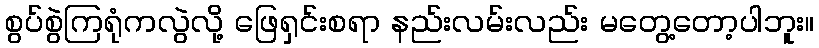
စွပ်စွဲကြရုံကလွဲလို့ ဖြေရှင်းစရာ နည်းလမ်းလည်း မတွေ့တော့ပါဘူး။